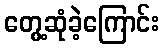
တွေ့ဆုံခဲ့ကြောင်း